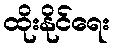
ထိုးနိုင်ရေး